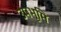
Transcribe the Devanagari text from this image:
उपभूमि